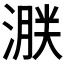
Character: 𣹸